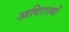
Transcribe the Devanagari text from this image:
आधिराज्यों